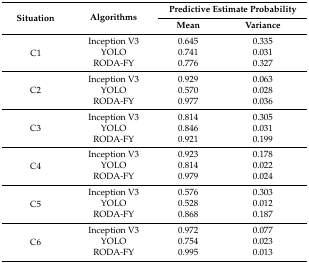
<table><thead><tr><td rowspan="2"><b>Situation</b></td><td rowspan="2"><b>Algorithms</b></td><td colspan="2"><b>Predictive Estimate Probability</b></td></tr><tr><td><b>Mean</b></td><td><b>Variance</b></td></tr></thead><tbody><tr><td rowspan="3">C1</td><td>Inception V3</td><td>0.645</td><td>0.335</td></tr><tr><td>YOLO</td><td>0.741</td><td>0.031</td></tr><tr><td>RODA-FY</td><td>0.776</td><td>0.327</td></tr><tr><td rowspan="3">C2</td><td>Inception V3</td><td>0.929</td><td>0.063</td></tr><tr><td>YOLO</td><td>0.570</td><td>0.028</td></tr><tr><td>RODA-FY</td><td>0.977</td><td>0.036</td></tr><tr><td rowspan="3">C3</td><td>Inception V3</td><td>0.814</td><td>0.305</td></tr><tr><td>YOLO</td><td>0.846</td><td>0.031</td></tr><tr><td>RODA-FY</td><td>0.921</td><td>0.199</td></tr><tr><td rowspan="3">C4</td><td>Inception V3</td><td>0.923</td><td>0.178</td></tr><tr><td>YOLO</td><td>0.814</td><td>0.022</td></tr><tr><td>RODA-FY</td><td>0.979</td><td>0.024</td></tr><tr><td rowspan="3">C5</td><td>Inception V3</td><td>0.576</td><td>0.303</td></tr><tr><td>YOLO</td><td>0.528</td><td>0.012</td></tr><tr><td>RODA-FY</td><td>0.868</td><td>0.187</td></tr><tr><td rowspan="3">C6</td><td>Inception V3</td><td>0.972</td><td>0.077</td></tr><tr><td>YOLO</td><td>0.754</td><td>0.023</td></tr><tr><td>RODA-FY</td><td>0.995</td><td>0.013</td></tr></tbody></table>